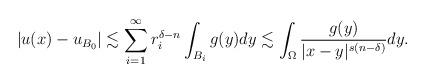
LaTeX: \begin{align*}|u(x)-u_{B_0}|\lesssim \sum_{i=1}^\infty r_i^{\delta-n}\int_{B_i}g(y)dy\lesssim \int_\Omega\frac{g(y)}{|x-y|^{s(n-\delta)}}dy.\end{align*}